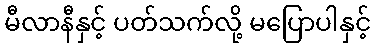
မီလာနီနှင့် ပတ်သက်လို့ မပြောပါနှင့်